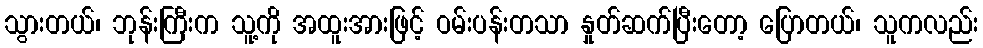
သွားတယ်၊ ဘုန်းကြီးက သူ့ကို အထူးအားဖြင့် ဝမ်းပန်းတသာ နှုတ်ဆက်ပြီးတော့ ပြောတယ်၊ သူကလည်း